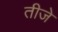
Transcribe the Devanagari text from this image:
तीजे